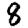
Digit: 8